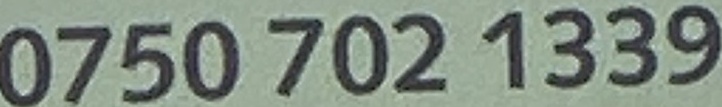
0750 702 1339